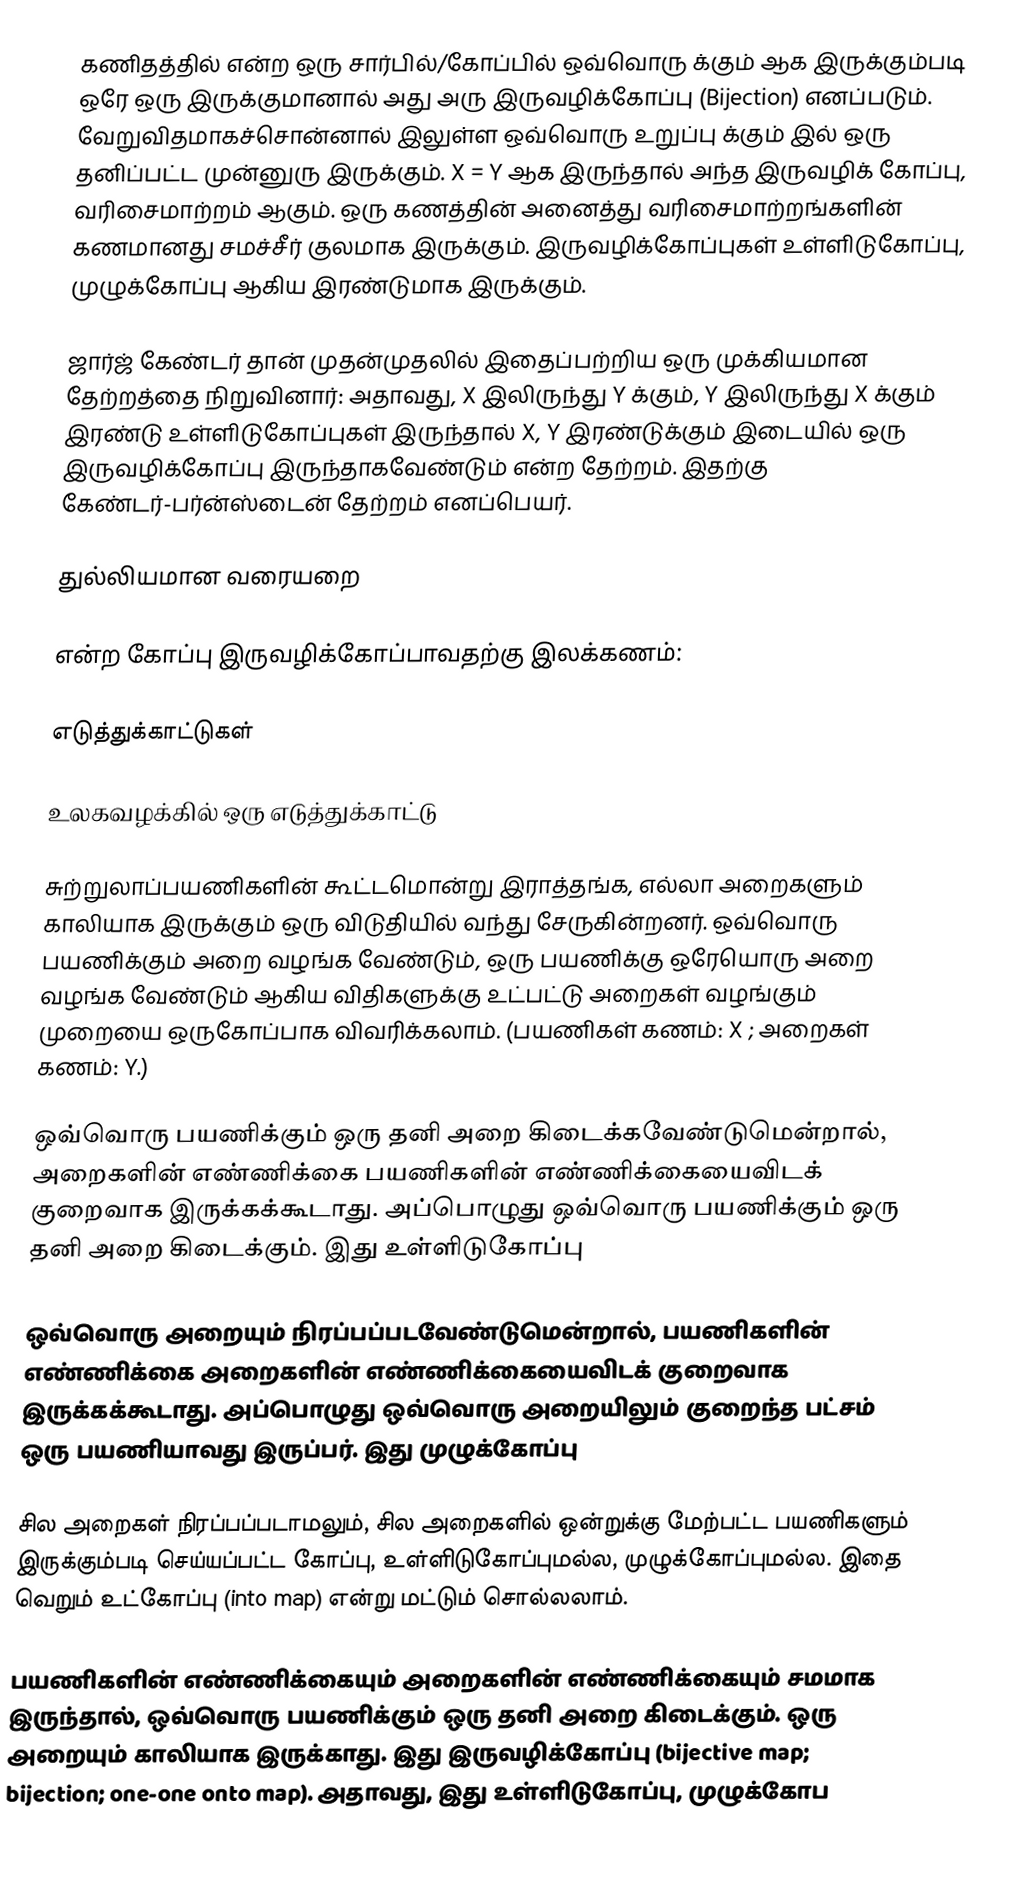
கணிதத்தில்   என்ற ஒரு சார்பில்/கோப்பில்  ஒவ்வொரு   க்கும்   ஆக இருக்கும்படி ஒரே ஒரு   இருக்குமானால்  அது அரு இருவழிக்கோப்பு (Bijection) எனப்படும். வேறுவிதமாகச்சொன்னால்   இலுள்ள ஒவ்வொரு உறுப்பு  க்கும்   இல் ஒரு தனிப்பட்ட  முன்னுரு இருக்கும். X = Y ஆக இருந்தால் அந்த இருவழிக் கோப்பு, வரிசைமாற்றம் ஆகும். ஒரு கணத்தின் அனைத்து வரிசைமாற்றங்களின் கணமானது சமச்சீர் குலமாக இருக்கும். இருவழிக்கோப்புகள் உள்ளிடுகோப்பு, முழுக்கோப்பு ஆகிய இரண்டுமாக இருக்கும்.

ஜார்ஜ் கேண்டர் தான் முதன்முதலில் இதைப்பற்றிய ஒரு முக்கியமான தேற்றத்தை நிறுவினார்: அதாவது, X இலிருந்து Y க்கும், Y இலிருந்து  X க்கும் இரண்டு உள்ளிடுகோப்புகள் இருந்தால்   X, Y இரண்டுக்கும் இடையில் ஒரு இருவழிக்கோப்பு இருந்தாகவேண்டும் என்ற தேற்றம். இதற்கு கேண்டர்-பர்ன்ஸ்டைன் தேற்றம் எனப்பெயர்.

துல்லியமான வரையறை

 என்ற கோப்பு இருவழிக்கோப்பாவதற்கு இலக்கணம்:

எடுத்துக்காட்டுகள்

உலகவழக்கில் ஒரு எடுத்துக்காட்டு

சுற்றுலாப்பயணிகளின் கூட்டமொன்று இராத்தங்க, எல்லா அறைகளும் காலியாக இருக்கும் ஒரு விடுதியில் வந்து சேருகின்றனர்.  ஒவ்வொரு பயணிக்கும் அறை வழங்க வேண்டும், ஒரு பயணிக்கு ஒரேயொரு அறை வழங்க வேண்டும் ஆகிய விதிகளுக்கு உட்பட்டு அறைகள் வழங்கும் முறையை ஒருகோப்பாக விவரிக்கலாம். (பயணிகள் கணம்: X ; அறைகள் கணம்: Y.)

ஒவ்வொரு பயணிக்கும் ஒரு தனி அறை கிடைக்கவேண்டுமென்றால், அறைகளின் எண்ணிக்கை பயணிகளின் எண்ணிக்கையைவிடக் குறைவாக இருக்கக்கூடாது. அப்பொழுது ஒவ்வொரு பயணிக்கும் ஒரு தனி அறை கிடைக்கும். இது உள்ளிடுகோப்பு

ஒவ்வொரு அறையும்  நிரப்பப்படவேண்டுமென்றால், பயணிகளின் எண்ணிக்கை அறைகளின் எண்ணிக்கையைவிடக் குறைவாக இருக்கக்கூடாது. அப்பொழுது ஒவ்வொரு அறையிலும் குறைந்த பட்சம் ஒரு பயணியாவது இருப்பர். இது முழுக்கோப்பு

சில  அறைகள் நிரப்பப்படாமலும், சில அறைகளில் ஒன்றுக்கு மேற்பட்ட பயணிகளும் இருக்கும்படி செய்யப்பட்ட கோப்பு, உள்ளிடுகோப்புமல்ல, முழுக்கோப்புமல்ல. இதை வெறும் உட்கோப்பு (into map) என்று  மட்டும் சொல்லலாம்.

பயணிகளின் எண்ணிக்கையும் அறைகளின் எண்ணிக்கையும் சமமாக இருந்தால், ஒவ்வொரு பயணிக்கும் ஒரு தனி அறை கிடைக்கும். ஒரு அறையும் காலியாக இருக்காது. இது இருவழிக்கோப்பு (bijective map; bijection; one-one onto map). அதாவது, இது உள்ளிடுகோப்பு, முழுக்கோப